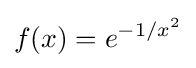
f(x)=e^{-1/x^{2}}